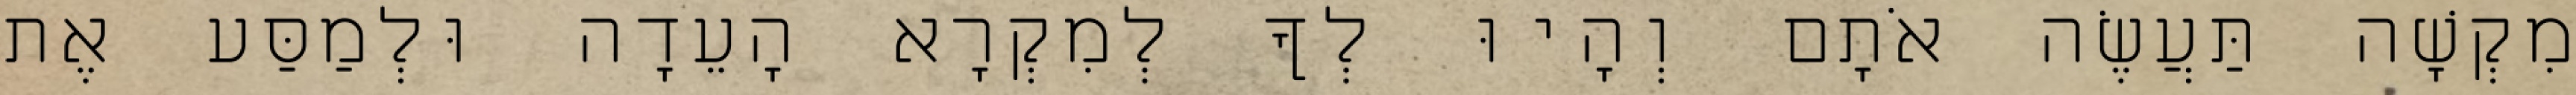
מִקְשָׁה תַּעֲשֶׂה אֹתָם וְהָיוּ לְךָ לְמִקְרָא הָעֵדָה וּלְמַסַּע אֶת